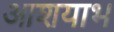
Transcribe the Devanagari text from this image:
आशयाभ